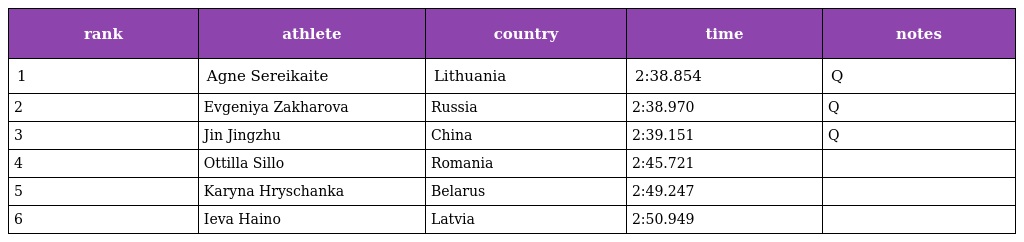
| rank | athlete | country | time | notes |
 | --- | --- | --- | --- | --- |
 | 1 | Agne Sereikaite | Lithuania | 2:38.854 | Q |
 | 2 | Evgeniya Zakharova | Russia | 2:38.970 | Q |
 | 3 | Jin Jingzhu | China | 2:39.151 | Q |
 | 4 | Ottilla Sillo | Romania | 2:45.721 |  |
 | 5 | Karyna Hryschanka | Belarus | 2:49.247 |  |
 | 6 | Ieva Haino | Latvia | 2:50.949 |  |